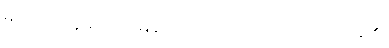
မှ စောင့်နေမည်ဟု မြခက်တို့အိမ်ဘက်သို့ လှည့်လာခဲ့၏။